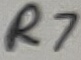
Text: R7